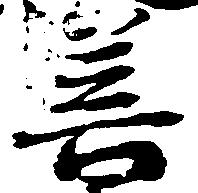
善